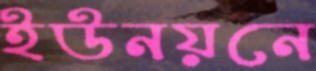
ইউনয়নে